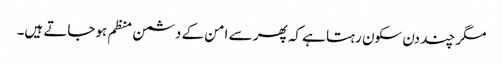
مگر چند دن سکون رہتا ہے کہ پھر سے امن کے دشمن منظم ہوجاتے ہیں۔